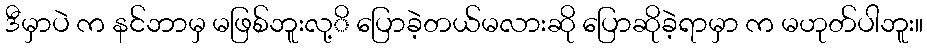
ဒီမှာပဲ က နင်ဘာမှ မဖြစ်ဘူးလု့ိ ပြောခဲ့တယ်မလားဆို ပြောဆိုခဲ့ရာမှာ က မဟုတ်ပါဘူး။